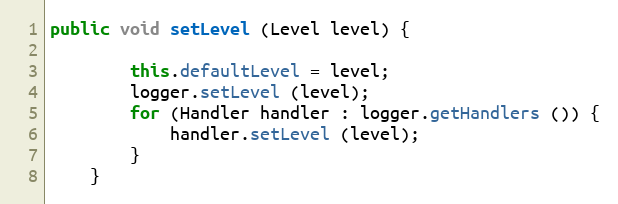
Language: Java
public void setLevel (Level level) {

		this.defaultLevel = level;
		logger.setLevel (level);
		for (Handler handler : logger.getHandlers ()) {
			handler.setLevel (level);
		}
	}